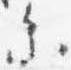
参